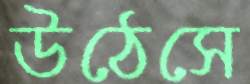
উঠেসে